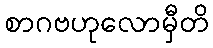
စာဂဗဟုလောမှီတိ